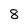
Character: 8